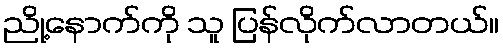
ညို့နောက်ကို သူ ပြန်လိုက်လာတယ်။